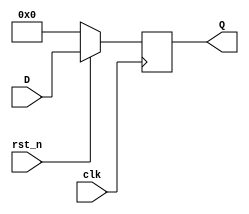
module dff #(
  parameter WIDTH=4
) (
  input rst_n, clk,
  input [WIDTH-1:0] D,
  output reg [WIDTH-1:0] Q
);

  always @( posedge clk )
  begin
    if( !rst_n )
      Q <= 0;
    else
      Q <= D;
  end

endmodule

module dff_en #(
  parameter WIDTH=4
) (
  input rst_n, en, clk,
  input [WIDTH-1:0] D,
  output reg [WIDTH-1:0] Q
);

  always @( posedge clk )
  begin
    if( !rst_n )
      Q <= 0;
    else
      if( en )
        Q <= D;
      else
        Q <= Q;
  end

endmodule

/*
 * DFF with a parameterizeable reset value
 */

module dff_rstval #(
  parameter WIDTH=4,
  parameter RSTVAL=0
) (
  input rst_n, clk,
  input [WIDTH-1:0] D,
  output reg [WIDTH-1:0] Q
);

  always @( posedge clk )
  begin
    if( !rst_n )
      Q <= RSTVAL;
    else
      Q <= D;
  end

endmodule

module dff_rstval_tb;

  reg rst_n, clk;
  wire [3:0] Q [0:3];

  dff_rstval #(
    .WIDTH(4),
    .RSTVAL(0)
  ) DUT_0 (
    .rst_n(rst_n),
    .clk(clk),
    .D(4'b0001),
    .Q(Q[0])
  );

  dff_rstval #(
    .WIDTH(4),
    .RSTVAL(1)
  ) DUT_1 (
    .rst_n(rst_n),
    .clk(clk),
    .D(4'b0010),
    .Q(Q[1])
  );

  dff_rstval #(
    .WIDTH(4),
    .RSTVAL(15)
  ) DUT_2 (
    .rst_n(rst_n),
    .clk(clk),
    .D(4'b0100),
    .Q(Q[2])
  );

  dff_rstval #(
    .WIDTH(4),
    .RSTVAL(5)
  ) DUT_3 (
    .rst_n(rst_n),
    .clk(clk),
    .D(4'b1000),
    .Q(Q[3])
  );

  initial clk = 0;
  always #5 clk = ~clk;

  initial begin
        rst_n = 0;
    #10 rst_n = 1;
  end

  initial begin
    $monitor( $time, ": %04b %04b %04b %04b",
      Q[0], Q[1], Q[2], Q[3] );

    #20 $stop;
  end
endmodule